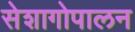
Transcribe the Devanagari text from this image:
सेशागोपालन